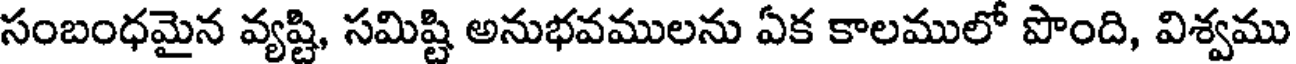
సంబంధమైన వ్యష్టి, సమిష్టి అనుభవములను ఏక కాలములో పొంది, విశ్వము